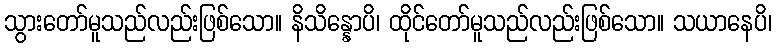
သွားတော်မူသည်လည်းဖြစ်သော။ နိသိန္နောပိ၊ ထိုင်တော်မူသည်လည်းဖြစ်သော။ သယာနေပိ၊